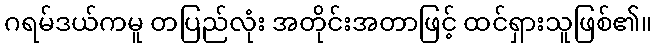
ဂရမ်ဒယ်ကမူ တပြည်လုံး အတိုင်းအတာဖြင့် ထင်ရှားသူဖြစ်၏။